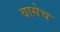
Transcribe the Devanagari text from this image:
वासेच